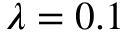
\lambda = 0 . 1